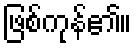
ဖြစ်ကုန်၏။